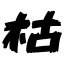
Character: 枯